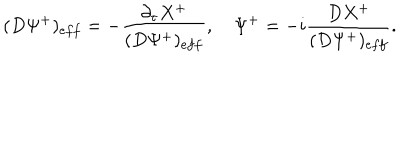
( D \Psi ^ { + } ) _ { e f f } = - { \frac { \partial _ { \tau } X ^ { + } } { ( D \Psi ^ { + } ) _ { e f f } } } , \quad \Psi ^ { + } = - i { \frac { D X ^ { + } } { ( D \Psi ^ { + } ) _ { e f f } } } .